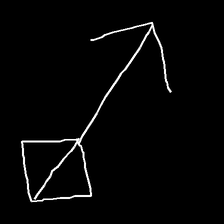
Glyph: focus